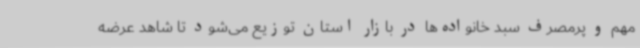
مهم و پرمصرف سبد خانواده‌ها در بازار استان توزیع می‌شود تا شاهد عرضه